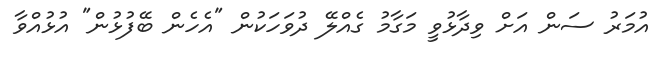
އުމަރު ސަން އަށް ވިދާޅުވީ މަގާމު ގެއްލޭ ދުވަހަކުން "އެހެން ބޭފުޅުން" އުޅުއްވާ